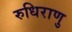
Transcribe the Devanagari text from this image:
रुधिराणु